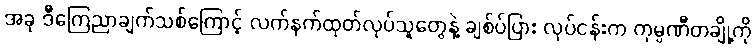
အခု ဒီကြေညာချက်သစ်ကြောင့် လက်နက်ထုတ်လုပ်သူတွေနဲ့ ချစ်ပ်ပြား လုပ်ငန်းက ကုမ္ပဏီတချို့ကို